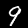
Label: 9